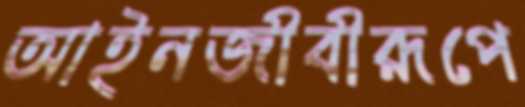
আইনজীবীরূপে